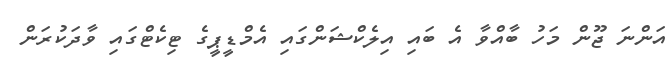
އަންނަ ޖޫން މަހު ބާއްވާ އެ ބައި އިލެކްޝަންގައި އެމްޑީޕީގެ ޓިކެޓްގައި ވާދަކުރަން